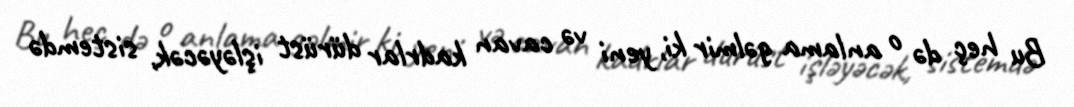
Bu heç də o anlama gəlmir ki, yeni və cavan kadrlar dürüst işləyəcək, sistemdə